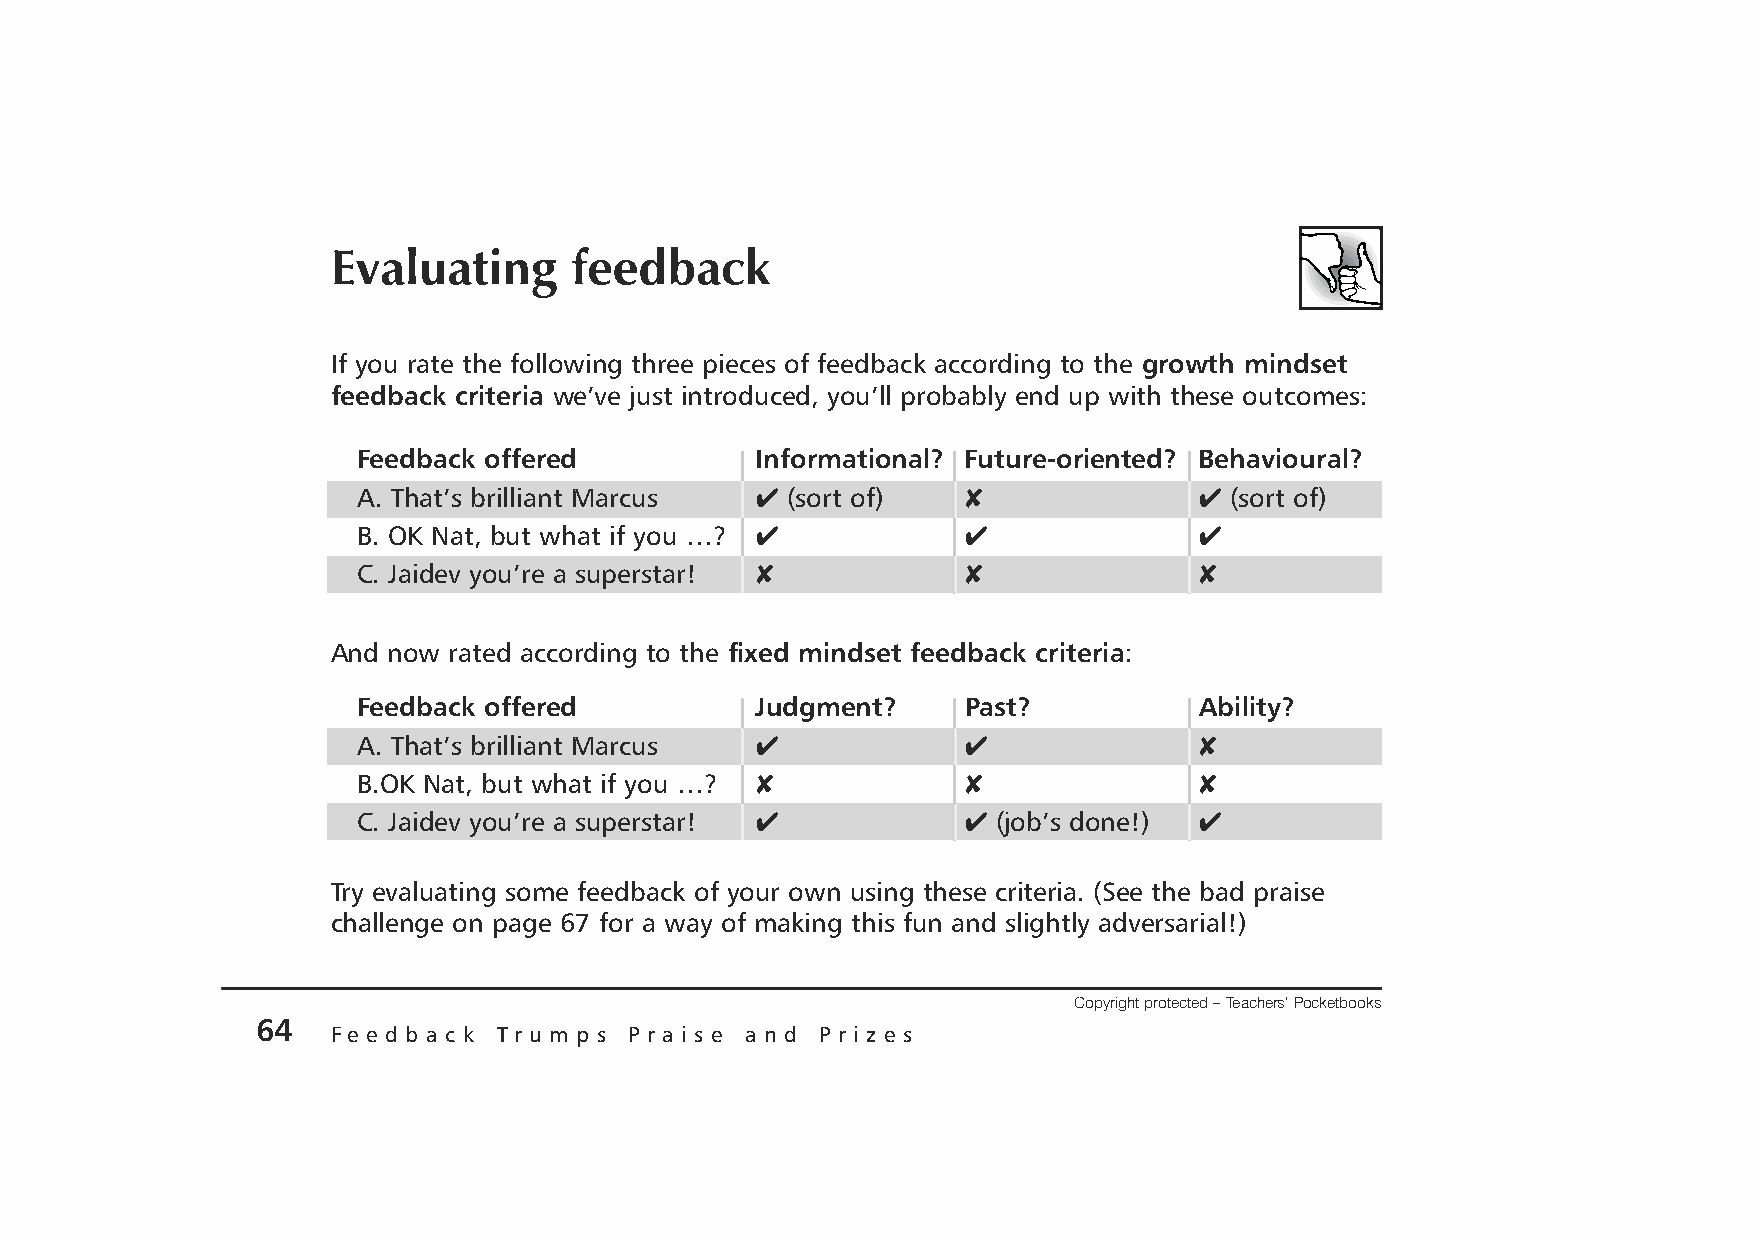
Evaluating      feedback
 If you rate the following three pieces of feedback according to the growth mindset
 feedback criteria we’ve just introduced, you’ll probably end up with these outcomes:
 Feedback offered          Informational? Future-oriented? Behavioural?
 A. That’s brilliant Marcus 4 (sort of)  8              4 (sort of)
 B. OK Nat, but what if you …? 4         4              4
 C. Jaidev you’re a superstar! 8         8              8
 And now rated according to the fixed mindset feedback criteria:
 Feedback offered          Judgment?     Past?          Ability?
 A. That’s brilliant Marcus 4            4              8
 B.OK Nat, but what if you …? 8          8              8
 C. Jaidev you’re a superstar! 4         4 (job’s done!) 4
 Try evaluating some feedback of your own using these criteria. (See the bad praise
 challenge on page 67 for a way of making this fun and slightly adversarial!)
 Copyright protected – Teachers’ Pocketbooks
 64
 F e e d b a c k Tr u m p s P r a i s e a n d P r i z e s